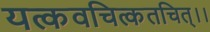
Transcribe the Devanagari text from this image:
यत्कवचित्कतचित्।।